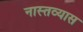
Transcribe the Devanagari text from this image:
नास्तव्यास